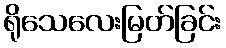
ရိုသေလေးမြတ်ခြင်း